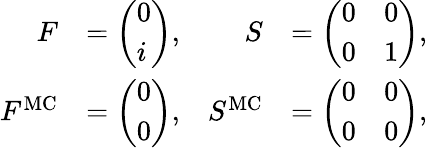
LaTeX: \begin{array}{rlrl}{F}&{=\left(\begin{array}{l}{0}\\ {i}\end{array}\right),}&{S}&{=\left(\begin{array}{ll}{0}&{0}\\ {0}&{1}\end{array}\right),}\\ {F^{\mathrm{MC}}}&{=\left(\begin{array}{l}{0}\\ {0}\end{array}\right),}&{S^{\mathrm{MC}}}&{=\left(\begin{array}{ll}{0}&{0}\\ {0}&{0}\end{array}\right),}\end{array}